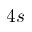
4 s